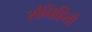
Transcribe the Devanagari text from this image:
संनिहितो